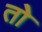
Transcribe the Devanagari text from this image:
तोे